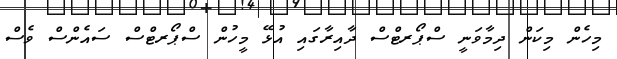
މިހެން މިކަން ދިމާވަނީ ސްޕޯރޓްސް ދާއިރާގައި އުޅޭ މީހުން ސްޕޯރޓްސް ސައެންސް ވެސް